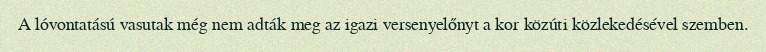
A lóvontatású vasutak még nem adták meg az igazi versenyelőnyt a kor közúti közlekedésével szemben.